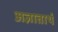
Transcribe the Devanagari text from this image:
अज्ञातार्थ